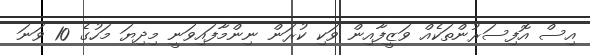
އިސް އޮފިސަރުންތަކެއް ވަޒީފާއިން ވަކި ކުރަން ނިންމާފައިވަނީ މިދިޔަ މަހުގެ 10 ވަނަ